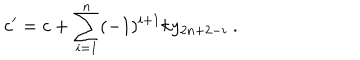
c ^ { \prime } = c + \sum _ { i = 1 } ^ { n } ( - 1 ) ^ { i + 1 } k y _ { 2 n + 2 - i } ~ . ~ \,